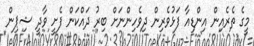
މީގެ ތެރެއިން އިންޑިއާ ފަޅުވެރިން ދިވެހިންނަށް ބިރު ދައްކަން ފެށީ ވާދީ ޝިޕިން